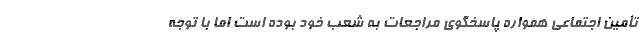
تأمین اجتماعی همواره پاسخگوی مراجعات به شعب خود بوده است اما با توجه